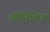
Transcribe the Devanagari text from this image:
लीतिशिया